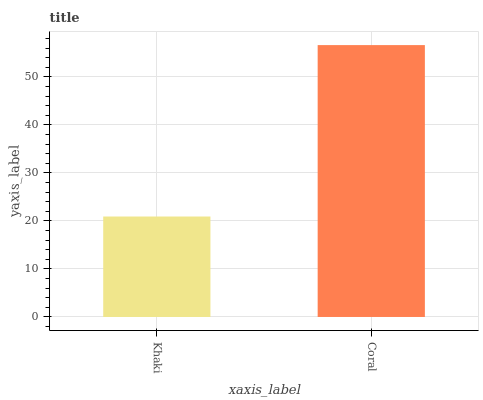
| xaxis_label | bars |
 | --- | --- |
 | Khaki | 20.9 |
 | Coral | 56.6 |